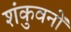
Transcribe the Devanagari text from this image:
शंकुवनों